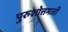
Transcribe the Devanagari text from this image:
पुरुशोत्तमजी